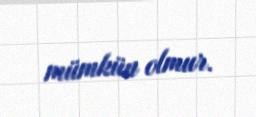
mümkün olmur.